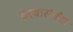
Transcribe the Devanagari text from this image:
दरबारांतील